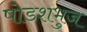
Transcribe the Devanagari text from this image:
षोडशभुज